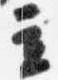
立